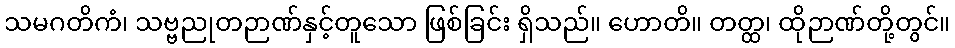
သမဂတိကံ၊ သဗ္ဗညုတဉာဏ်နှင့်တူသော ဖြစ်ခြင်း ရှိသည်။ ဟောတိ။ တတ္ထ၊ ထိုဉာဏ်တို့တွင်။